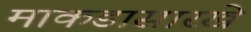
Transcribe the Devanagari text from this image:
माकडासारखे